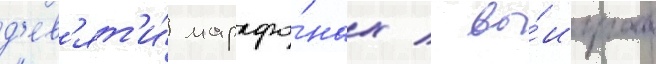
д'ев'ят'и́ марафо́нах / вы́играв